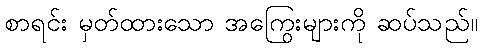
စာရင်း မှတ်ထားသော အကြွေးများကို ဆပ်သည်။